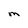
Character: M